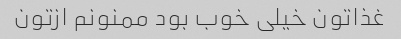
غذاتون خیلی خوب بود ممنونم ازتون